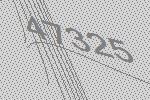
47325